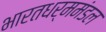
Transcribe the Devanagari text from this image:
भारतधर्ममंडल